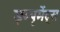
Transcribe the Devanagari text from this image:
इम्पृमेंट्स